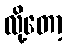
လို့တော့